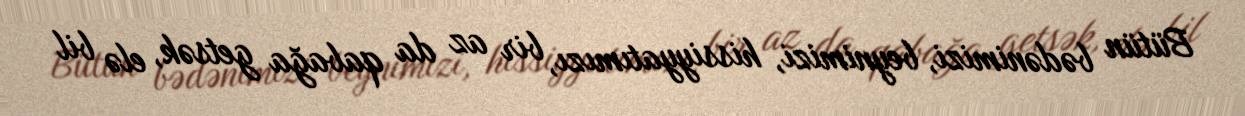
Bütün bədənimizi, beynimizi, hissiyyatımızı, bir az da qabağa getsək, elə bil